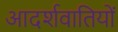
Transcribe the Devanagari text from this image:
आदर्शवातियों